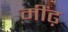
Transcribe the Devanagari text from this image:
मींढ़